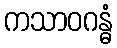
ကသာဝဂန္ဓံ